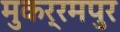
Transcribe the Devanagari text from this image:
मुकर्रमपुर